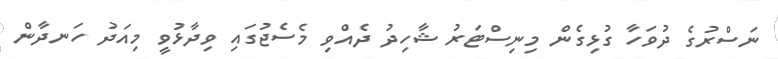
ނަސްރުގެ ދުވަހާ ގުޅިގެން މިނިސްޓަރު ޝާހިދު ދެއްވި މެސެޖުގައި ވިދާޅުވީ މިއަދު ހަނދާން